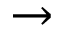
\rightarrow